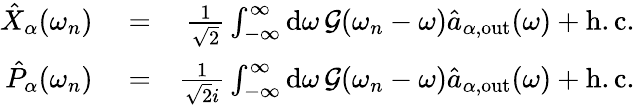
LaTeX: \begin{array}{rlr}{\hat{X}_{\alpha}(\omega_{n})}&{{}=}&{\frac{1}{\sqrt{2}}\int_{-\infty}^{\infty}\mathrm{d}\omega\, \mathcal{G}(\omega_{n}-\omega)\hat{a}_{\alpha,\mathrm{out}}(\omega)+\mathrm{h.c.}}\\ {\hat{P}_{\alpha}(\omega_{n})}&{{}=}&{\frac{1}{\sqrt{2}i}\int_{-\infty}^{\infty}\mathrm{d}\omega\, \mathcal{G}(\omega_{n}-\omega)\hat{a}_{\alpha,\mathrm{out}}(\omega)+\mathrm{h.c.}}\end{array}